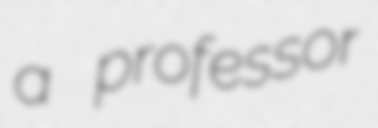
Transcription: a professor